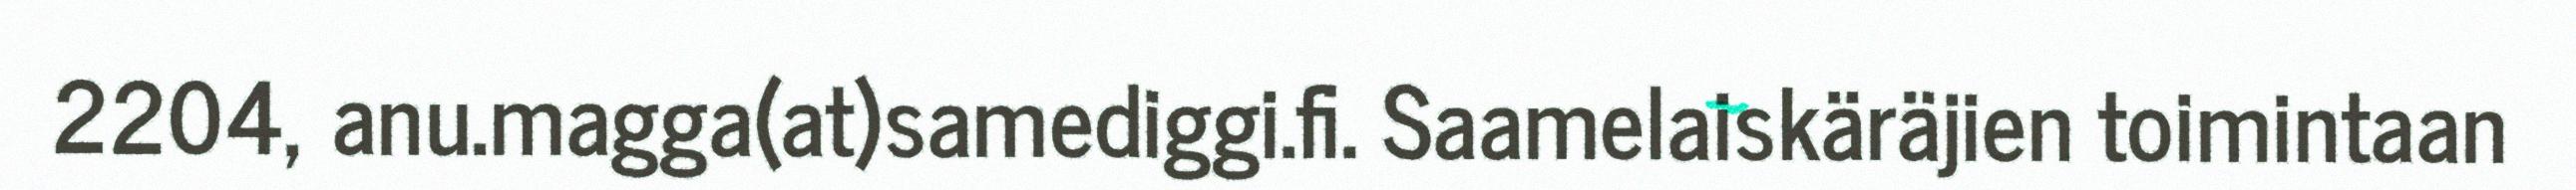
2204, anu.magga(at)samediggi.fi. Saamelaiskäräjien toimintaan